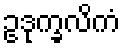
ဥဒုက္ခလိကံ